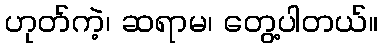
ဟုတ်ကဲ့၊ ဆရာမ၊ တွေ့ပါတယ်။